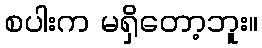
စပါးက မရှိတော့ဘူး။